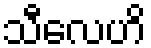
သီလေဟိ